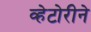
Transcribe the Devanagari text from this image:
व्हेटोरीने